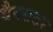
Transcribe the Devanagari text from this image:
थैक्सटर